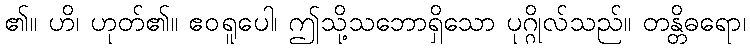
၏။ ဟိ၊ ဟုတ်၏။ ဧဝရူပေါ၊ ဤသို့သဘောရှိသော ပုဂ္ဂိုလ်သည်။ တန္တိဓရော၊